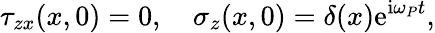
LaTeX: \tau_{zx}(x,0)=0,\quad\sigma_{z}(x,0)=\delta(x)\mathrm{e}^{\mathrm{i}\omega_{P}t},